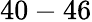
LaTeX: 40-46